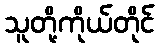
သူတို့ကိုယ်တိုင်